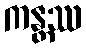
ကန္တဿ